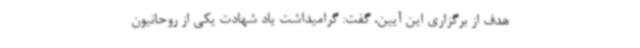
هدف از برگزاری این آیین، گفت: گرامیداشت یاد شهادت یکی از روحانیون